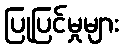
ပြုပြင်မှုများ